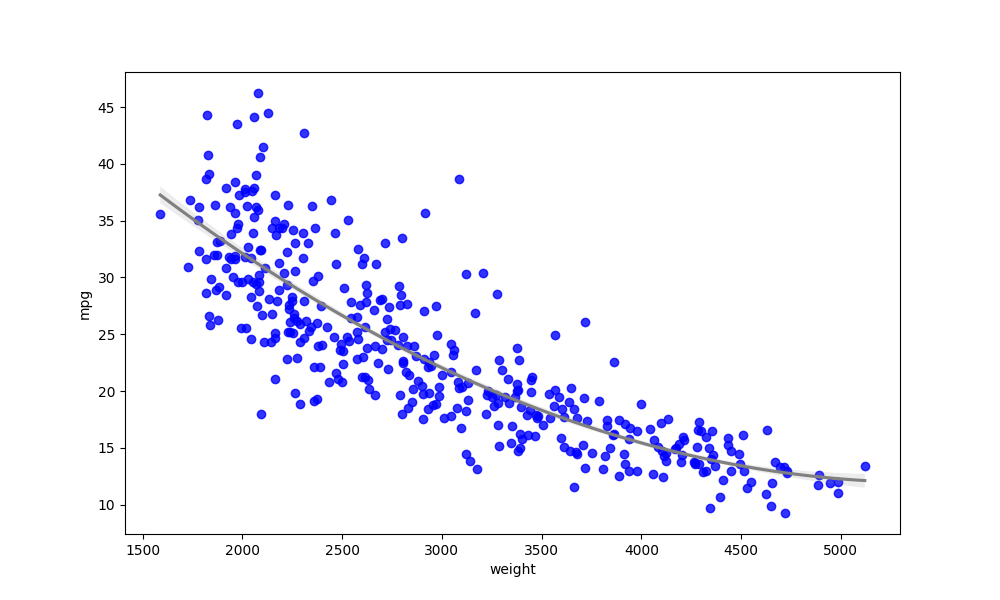
python, seaborn, regplot, order=2, ci=68, scatter_color=blue, line_color=gray